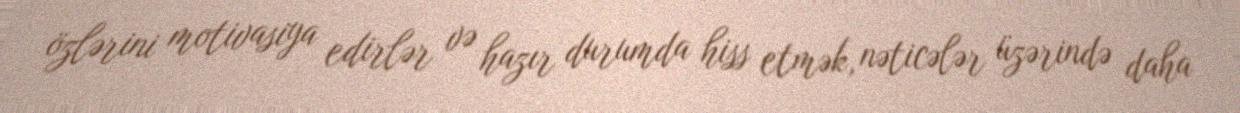
özlərini motivasiya edirlər və hazır durumda hiss etmək, nəticələr üzərində daha